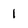
Character: 1